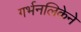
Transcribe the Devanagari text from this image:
गर्भनलिकेने